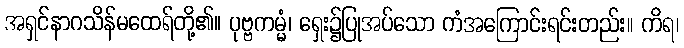
အရှင်နာဂသိန်မထေရ်တို့၏။ ပုဗ္ဗကမ္မံ၊ ရှေး၌ပြုအပ်သော ကံအကြောင်းရင်းတည်း။ ကိရ၊